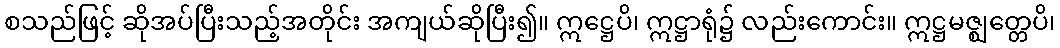
စသည်ဖြင့် ဆိုအပ်ပြီးသည့်အတိုင်း အကျယ်ဆိုပြီး၍။ ဣဋ္ဌေပိ၊ ဣဋ္ဌာရုံ၌ လည်းကောင်း။ ဣဋ္ဌမဇ္ဈတ္တေပိ၊